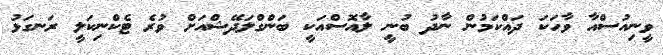
ވީނިއުސްއާ ވާހަކަ ދައްކަމުން ނާދު ބުނީ ލާއޮސްއަކީ ބަންގްލަދޭޝްއަށް ވުރެ ޓެކްނިކަލީ ރަނގަޅު